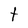
Character: t